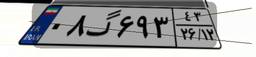
۰۸گ۶۹۳۴۳